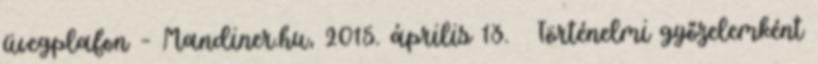
üvegplafon – Mandiner.hu, 2015. április 13. ↑ Történelmi győzelemként